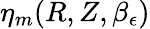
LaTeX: \eta_{m}(R,Z,\beta_{\epsilon})